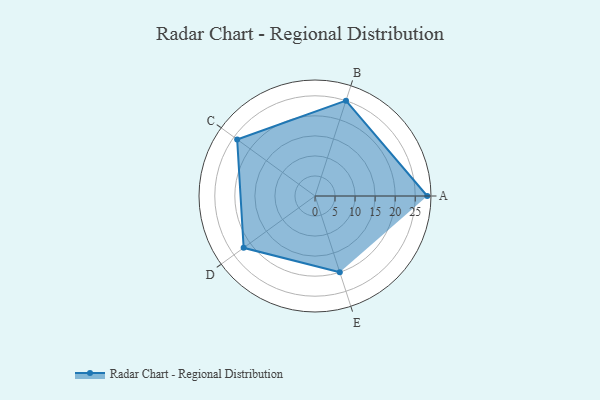
{"axis": {"x": "Skill", "y": "Score"}, "legend": ["Profile"], "data": [{"x": "A", "y": 28.0, "type": "Profile"}, {"x": "B", "y": 25.0, "type": "Profile"}, {"x": "C", "y": 24.0, "type": "Profile"}, {"x": "D", "y": 22.0, "type": "Profile"}, {"x": "E", "y": 20, "type": "Profile"}]}